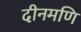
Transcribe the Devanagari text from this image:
दीनमणि